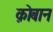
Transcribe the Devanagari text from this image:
क़ोबान